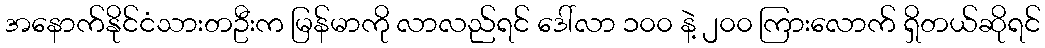
အနောက်နိုင်ငံသားတဦးက မြန်မာကို လာလည်ရင် ဒေါ်လာ ၁၀၀ နဲ့ ၂၀၀ ကြားလောက် ရှိတယ်ဆိုရင်